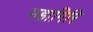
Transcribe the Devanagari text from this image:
महागिरि